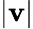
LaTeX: |\mathbf{v}|